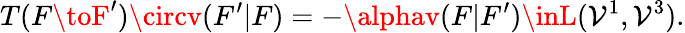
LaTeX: T(F\toF^{\prime})\circv(F^{\prime}|F)=-\alphav(F|F^{\prime})\inL(\mathcal{V}^{1},\mathcal{V}^{3}).